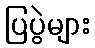
ပြပွဲများ